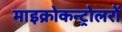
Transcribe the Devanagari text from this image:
माइक्रोकन्ट्रोलरों